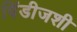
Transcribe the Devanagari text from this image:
विंडीजशी